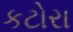
કટોરા